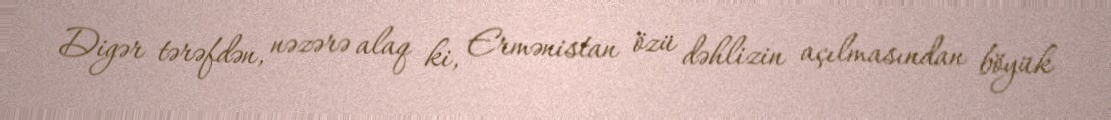
Digər tərəfdən, nəzərə alaq ki, Ermənistan özü dəhlizin açılmasından böyük